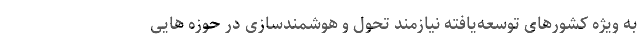
به ویژه کشورهای توسعه‌یافته نیازمند تحول و هوشمندسازی در حوزه هایی